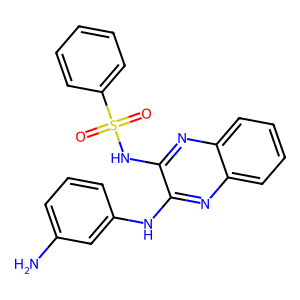
SMILES: Nc1cccc(Nc2nc3ccccc3nc2NS(=O)(=O)c2ccccc2)c1
Inhibits HIV replication: No